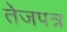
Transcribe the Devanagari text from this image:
तेजपत्र